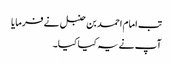
تب امام احمد بن حنبل نے فرمایا
آپ نے یہ کیا کیا۔